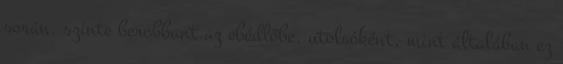
során, szinte berobbant az ebédlőbe, utolsóként, mint általában ez